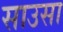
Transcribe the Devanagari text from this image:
साउसा